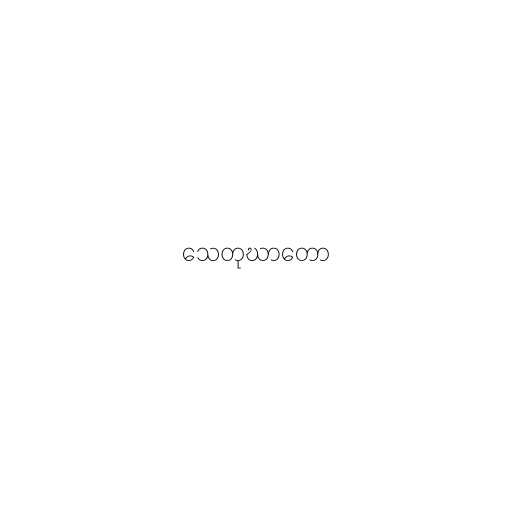
သေတုဃာတော